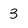
Character: 3